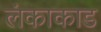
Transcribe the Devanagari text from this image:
लंकाकाड